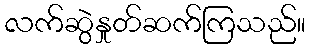
လက်ဆွဲနှုတ်ဆက်ကြသည်။